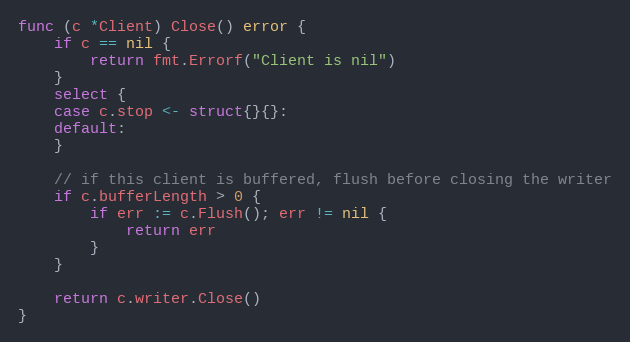
Language: Go
func (c *Client) Close() error {
	if c == nil {
		return fmt.Errorf("Client is nil")
	}
	select {
	case c.stop <- struct{}{}:
	default:
	}

	// if this client is buffered, flush before closing the writer
	if c.bufferLength > 0 {
		if err := c.Flush(); err != nil {
			return err
		}
	}

	return c.writer.Close()
}